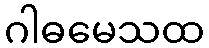
ဂါဓမေသထ